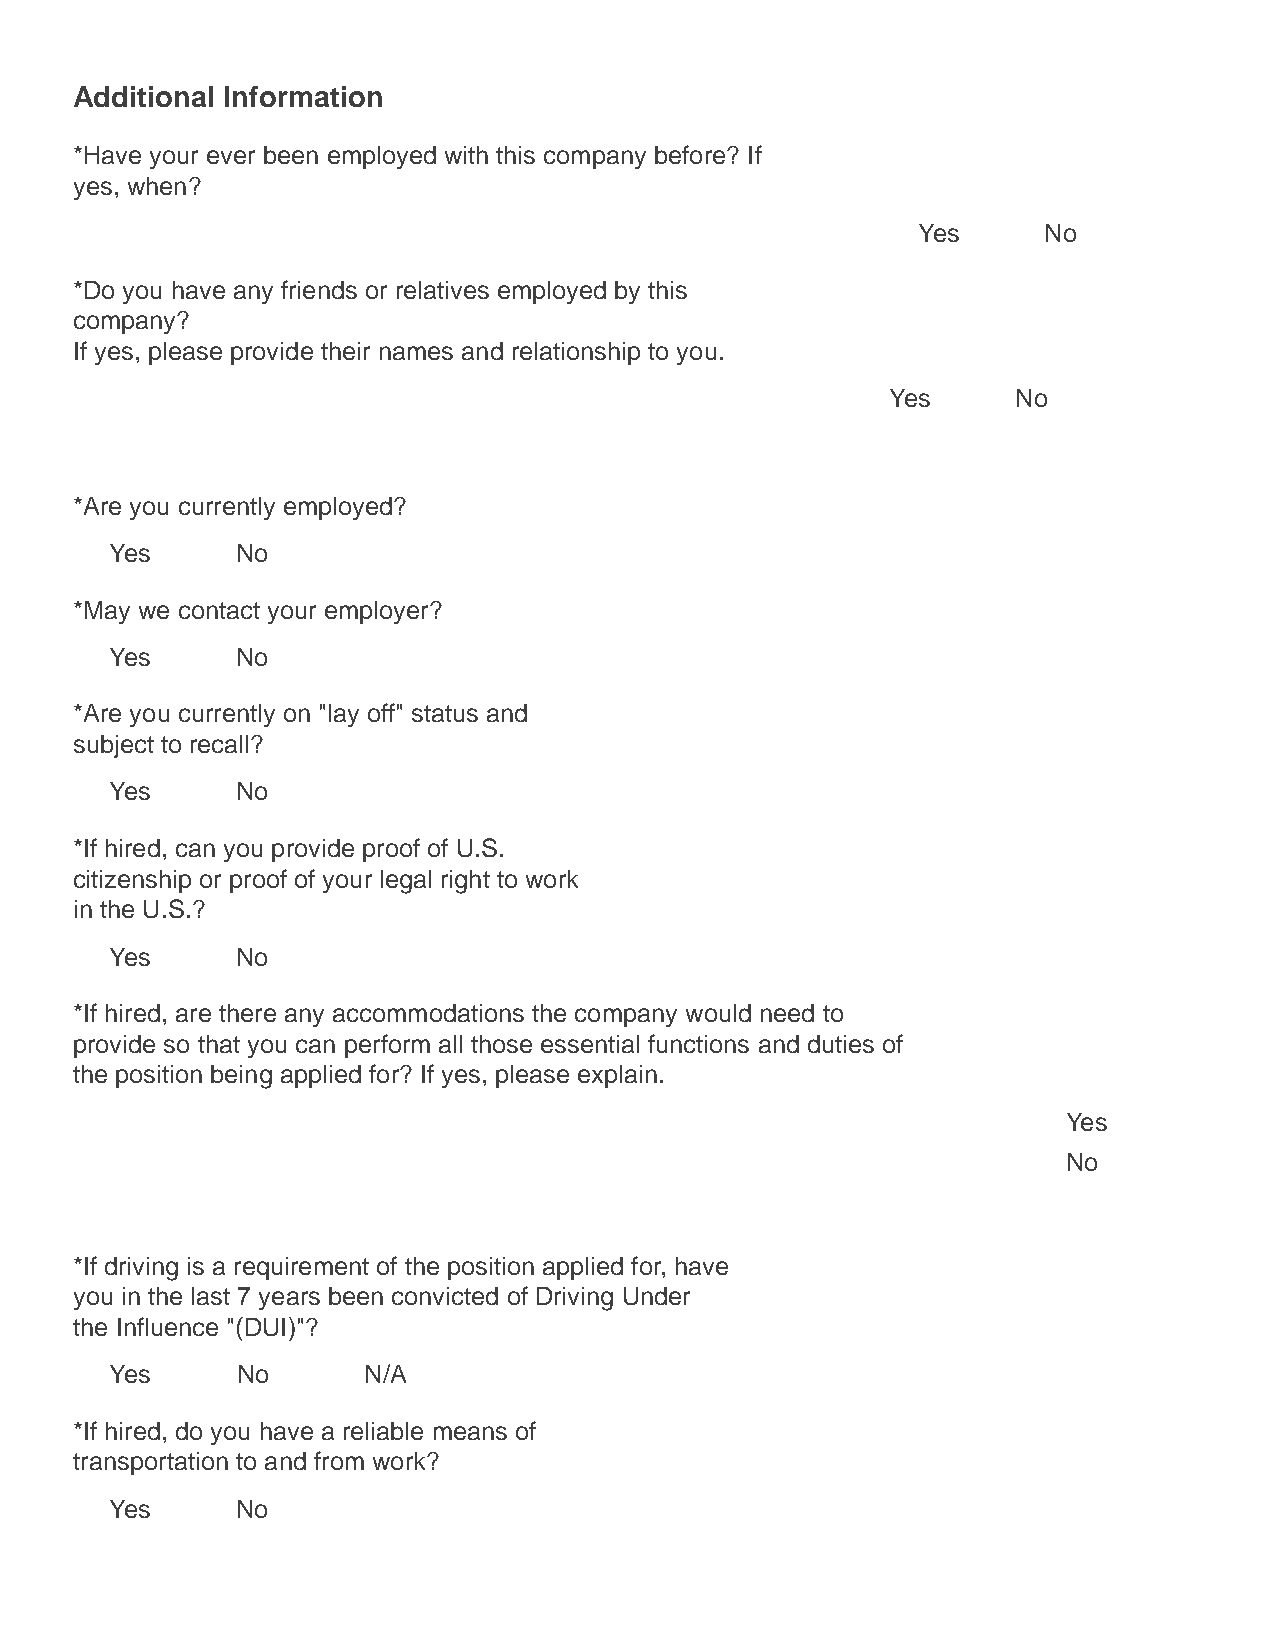
Additional Information
 *Have your ever been employed with this company before? If
 yes, when?
 Yes     No
 *Do you have any friends or relatives employed by this
 company?
 If yes, please provide their names and relationship to you.
 Yes     No
 *Are you currently employed?
 Yes      No
 *May we contact your employer?
 Yes      No
 *Are you currently on "lay off" status and
 subject to recall?
 Yes      No
 *If hired, can you provide proof of U.S.
 citizenship or proof of your legal right to work
 in the U.S.?
 Yes      No
 *If hired, are there any accommodations the company would need to
 provide so that you can perform all those essential functions and duties of
 the position being applied for? If yes, please explain.
 Yes
 No
 *If driving is a requirement of the position applied for, have
 you in the last 7 years been convicted of Driving Under
 the Influence "(DUI)"?
 Yes      No      N/A
 *If hired, do you have a reliable means of
 transportation to and from work?
 Yes      No